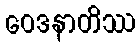
ဝေဒနာတိဿ